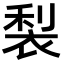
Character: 𮖇